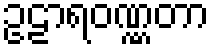
ဥဠာရဝဏ္ဏတာ